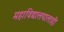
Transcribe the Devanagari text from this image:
महाविद्यालयालाही